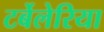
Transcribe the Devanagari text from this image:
टर्बेलेरिया